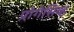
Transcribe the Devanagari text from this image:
प्रोगेसिव्ह